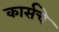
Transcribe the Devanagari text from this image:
कार्सचे